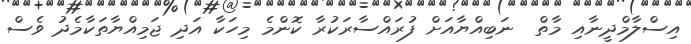
އިސްލާމްދީނާއި މާތް  ނަބިއްޔާއަށް ފުރައްސާރަކުރާ ކޮންމެ މިހަކާ އަދި ޖަމިއްޔާތަކާމެދު ވެސް